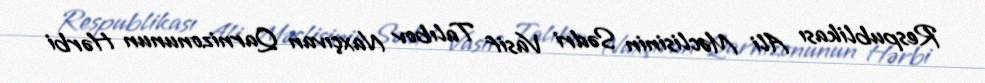
Respublikası Ali Məclisinin Sədri Vasif Talıbov Naxçıvan Qarnizonunun Hərbi